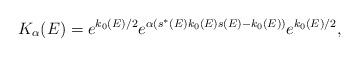
LaTeX: \begin{align*}K_\alpha (E) = e^{ k_0 (E) /2} e^{ \alpha ( s^* (E) k_0 (E) s (E) - k_0 (E) ) } e^{ k_0 (E) /2 } , \end{align*}